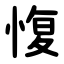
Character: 愎